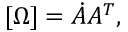
[ \Omega ] = { \dot { A } } A ^ { T } ,